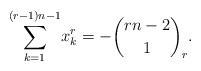
LaTeX: \begin{align*}\underset{k=1}{\overset{(r-1)n-1}{\sum }}x_{k}^{r}=-\binom{rn-2}{1}_{r}{\tiny .} \end{align*}